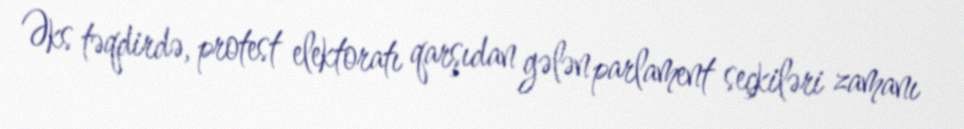
Əks təqdirdə, protest elektoratı qarşıdan gələn parlament seçkiləri zamanı